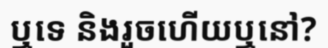
ឬទេ និងរួចហើយឬនៅ?